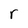
Character: r